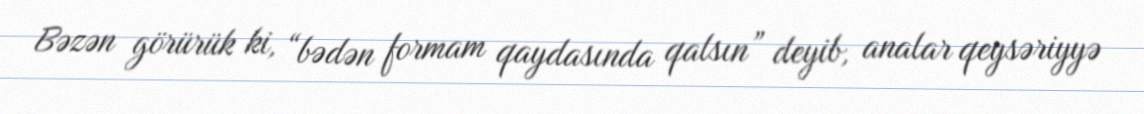
Bəzən görürük ki, “bədən formam qaydasında qalsın” deyib, analar qeysəriyyə